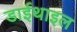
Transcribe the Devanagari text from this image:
डाईथाइल